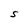
Character: S